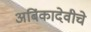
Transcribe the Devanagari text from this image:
अबिंकादेवीचे